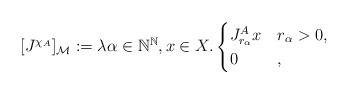
LaTeX: \begin{align*}[J^{\chi_A}]_\mathcal{M}:=\lambda\alpha\in\mathbb{N}^\mathbb{N},x\in X.\begin{cases}J^A_{r_\alpha}x&r_\alpha> 0,\\0&,\end{cases}\end{align*}